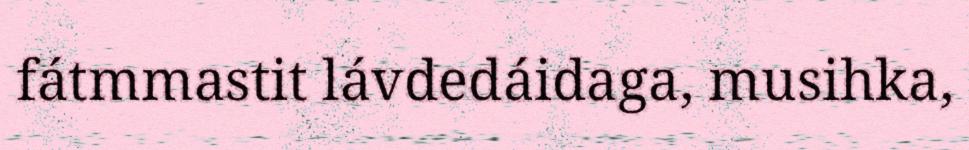
fátmmastit lávdedáidaga, musihka,